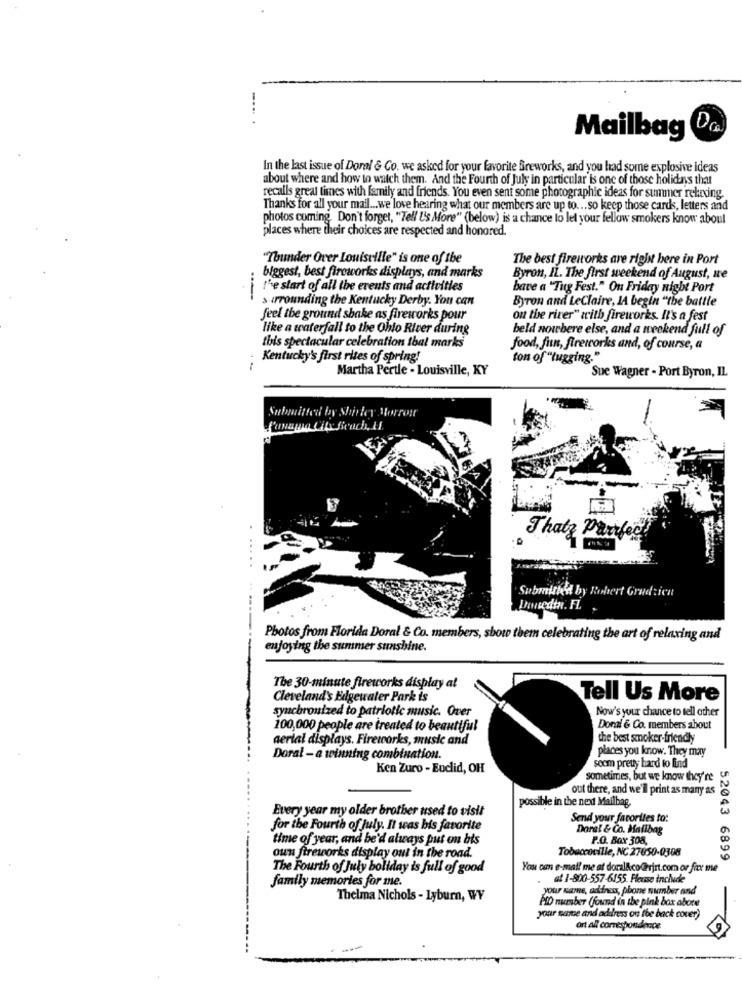
-.
Da
Mailbag
In the last issue of Doral & Co. we asked for your favorite fireworks, and you had some explosive ideas
about where and how to watch them. And the Fourth of July in particular is one of those holidays that
recalls great times with family and friends. You even sent some photographic ideas for summer retning.
Thanks for all your mail ... we love hearing what our members are up to ... so keep those cards, letters and
photos coming. Don't forget, "Tell U's More" (below) is a chance to let your fellow smokers know about
places where their choices are respected and honored.
"Thunder Over Louisville" is one of the
The best fireworks are right here in Port
biggest, best fireworks displays, and marks
Byron, IL. The first weekend of August, we
l'e start of all the events and activities
bave a "Tig Fest." On Friday night Port
---
surrounding the Kentucky Derby. You can
Byron and LeClaire, IA begin "the battle
feel the ground shake as fireworks pour
on the river" with fireworks. It's a fest
like a waterfall to the Ohio River during
beld nowhere else, and a weekend full of
this spectacular celebration thal marks
food, fun, fireworks and, of course, a
Kentucky's first rites of spring!
ton of "lugging."
Martha Pertle - Louisville, KY
Sue Wagner - Port Byron, IL
Submitted by Shirley Morrow
Panama City Beach, MI
Thaty Partfec
Submithe'd by Robert Grudzien
Donedtn. FL.
Photos from Florida Doral & Co. members, show them celebrating the art of relaxing and
enjoying the summer sunshine.
The 30-minute fireworks display at
Cleveland's Edgewater Park is
Tell Us More
synchronized to patriotic music. Over
Now's your chance to tell other
100,000 people are treated to beautiful
Donal & Co. members about
aerial displays. Fireworks, music and
the best smoker-friendly
places you know. They may
Doral - a winning combination.
Ken Zuro - Euclid, OH
soom pretty hard to find
sometimes, but we know they're
out there, and we'll print as many as
Every year my older brother used to visit
possible in the next Mailbag.
Send your favorites to:
for the Fourth of July. It was his favorite
Doral & Co. Halibag
time of year, and he'd always put on bis
P.O. Box 308,
own fireworks display out in the road.
Tobaccoville, NC 27650-0308
52043 6899
The Fourth of July boliday is full of good
You can e-mail me at doral&co@@rirt.com or fir me
family memories for me.
at 1-800-557-6155. Please include
your name, address, phone number and
Thelma Nichols - Lyburn, WY
PID nursber (found in the pink box abore
your name and address on the back cover)
ort all correspondence